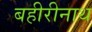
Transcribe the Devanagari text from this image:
बहीरीनाथ